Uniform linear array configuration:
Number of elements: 48
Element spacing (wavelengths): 0.5
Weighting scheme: hamming
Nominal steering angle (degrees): -30
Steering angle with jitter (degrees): -29.437
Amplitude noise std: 0.05
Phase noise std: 0.05

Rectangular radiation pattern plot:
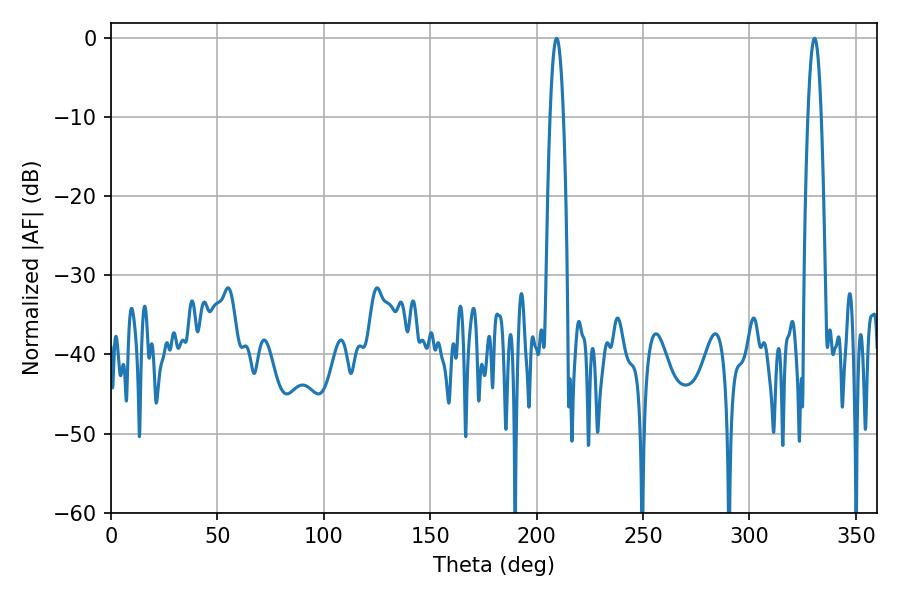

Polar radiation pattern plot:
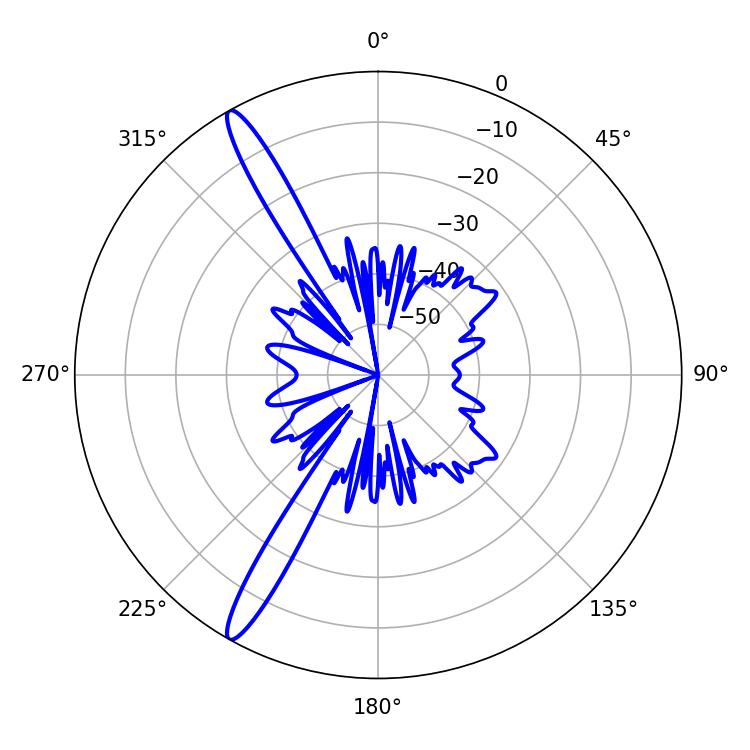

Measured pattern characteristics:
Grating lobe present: FALSE
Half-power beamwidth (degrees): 3.42
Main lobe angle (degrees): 209.34